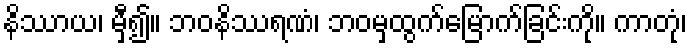
နိဿာယ၊ မှီ၍။ ဘဝနိဿရဏံ၊ ဘဝမှထွက်မြောက်ခြင်းကို။ ကာတုံ၊